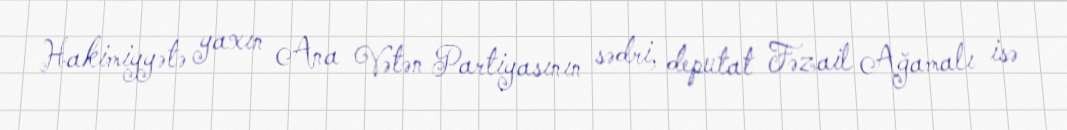
Hakimiyyətə yaxın Ana Vətən Partiyasının sədri, deputat Fəzail Ağamalı isə